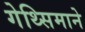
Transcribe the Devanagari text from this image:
गेथ्सिमाने